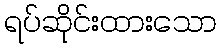
ရပ်ဆိုင်းထားသော